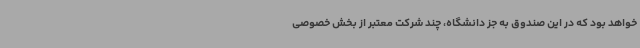
خواهد بود که در این صندوق به جز دانشگاه، چند شرکت معتبر از بخش خصوصی